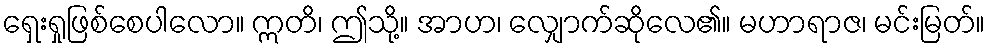
ရှေးရှုဖြစ်စေပါလော။ ဣတိ၊ ဤသို့။ အာဟ၊ လျှောက်ဆိုလေ၏။ မဟာရာဇ၊ မင်းမြတ်။